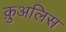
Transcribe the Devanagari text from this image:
क़ुअलिस